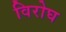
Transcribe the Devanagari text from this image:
विरोघ